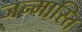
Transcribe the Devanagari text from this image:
जन्मास्ति